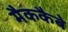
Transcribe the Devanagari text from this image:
मैककैबे